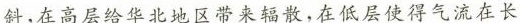
斜，在高层给华北地区带来辐散，在低层使得气流在长